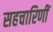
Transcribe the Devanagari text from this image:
सहचारिणीं